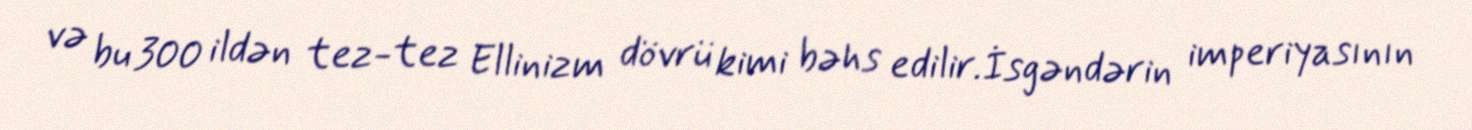
və bu 300 ildən tez-tez Ellinizm dövrü kimi bəhs edilir.İsgəndərin imperiyasının